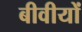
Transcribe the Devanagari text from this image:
बीवीयों